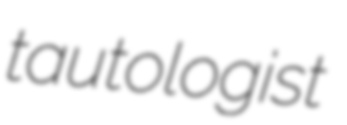
tautologist